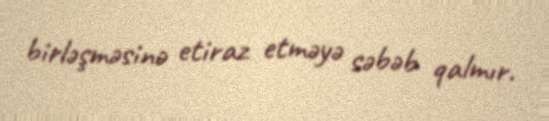
birləşməsinə etiraz etməyə səbəb qalmır.